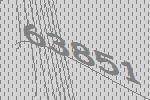
63851